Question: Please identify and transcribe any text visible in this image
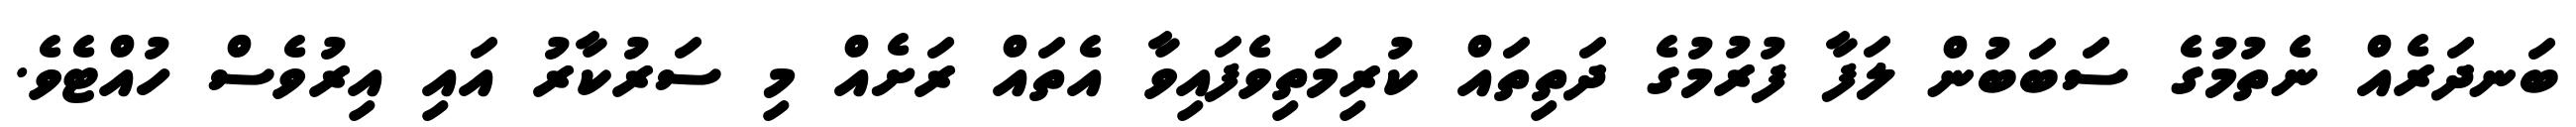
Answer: ބަނދަރެއް ނެތުމުގެ ސަބަބުން ލަފާ ފުރުމުގެ ދަތިތައް ކުރިމަތިވެފައިވާ އެތައް ރަށެއް މި ސަރުކާރު އައި އިރުވެސް ހުއްޓެވެ.